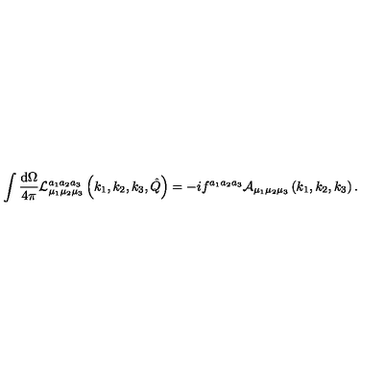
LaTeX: \int \frac { \mathrm { d } \Omega } { 4 \pi } { \cal L } _ { \mu _ { 1 } \mu _ { 2 } \mu _ { 3 } } ^ { a _ { 1 } a _ { 2 } a _ { 3 } } \left( k _ { 1 } , k _ { 2 } , k _ { 3 } , \hat { Q } \right) = - i f ^ { a _ { 1 } a _ { 2 } a _ { 3 } } { \cal A } _ { \mu _ { 1 } \mu _ { 2 } \mu _ { 3 } } \left( k _ { 1 } , k _ { 2 } , k _ { 3 } \right) .